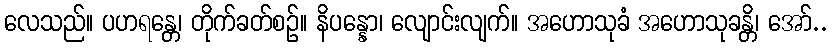
လေသည်။ ပဟရန္တေ၊ တိုက်ခတ်စဉ်။ နိပန္နော၊ လျောင်းလျက်။ အဟောသုခံ အဟောသုခန္တိ၊ အော်..